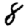
Digit: 8